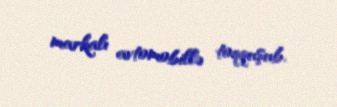
markalı avtomobillə toqquşub.